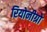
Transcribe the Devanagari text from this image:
रियोनीग्रो